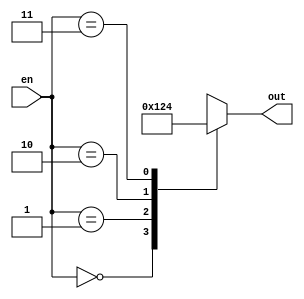
`timescale 1ns / 1ps
//////////////////////////////////////////////////////////////////////////////////
// Company: 
// Engineer: 
// 
// Design Name: 
// Module Name: decoder_2to4_case
// Project Name: 
// Target Devices: 
// Tool Versions: 
// Description: 
// 
// Dependencies: 
// 
// Revision:
// Revision 0.01 - File Created
// Additional Comments:
// 
//////////////////////////////////////////////////////////////////////////////////


module decoder_2to4_case(
                        input wire [1:0] en,
                        output wire [3:0] out);

// Define internal signals
reg [3:0] temp;


always @(*) begin
    case (en)
        2'b00: temp = 4'b0000; 
        2'b01: temp = 4'b0001;
        2'b10: temp = 4'b0010;
        2'b11: temp = 4'b0100;
        default: temp = 4'b0000; 
    endcase
end
assign out = temp;

endmodule